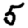
Digit: 5